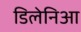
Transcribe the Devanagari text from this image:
डिलेनिआ